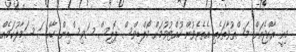
މިއީ ރާއްޖެއަށް މަސްތުވާތަކެތި އެތެރެވުން ހުއްޓުވުމަށް މޯލްޑިވްސް ޕޮލިސް ސަވިސްއިން ހާއްސަ ސަމާލުކަމެއް